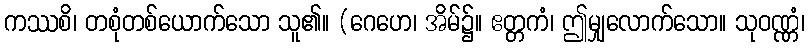
ကဿစိ၊ တစုံတစ်ယောက်သော သူ၏။ (ဂေဟေ၊ အိမ်၌။ ဧတ္တကံ၊ ဤမျှလောက်သော။ သုဝဏ္ဏံ၊